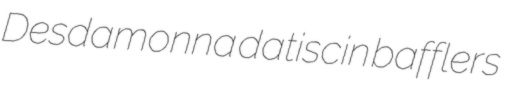
Desdamonna datiscin bafflers